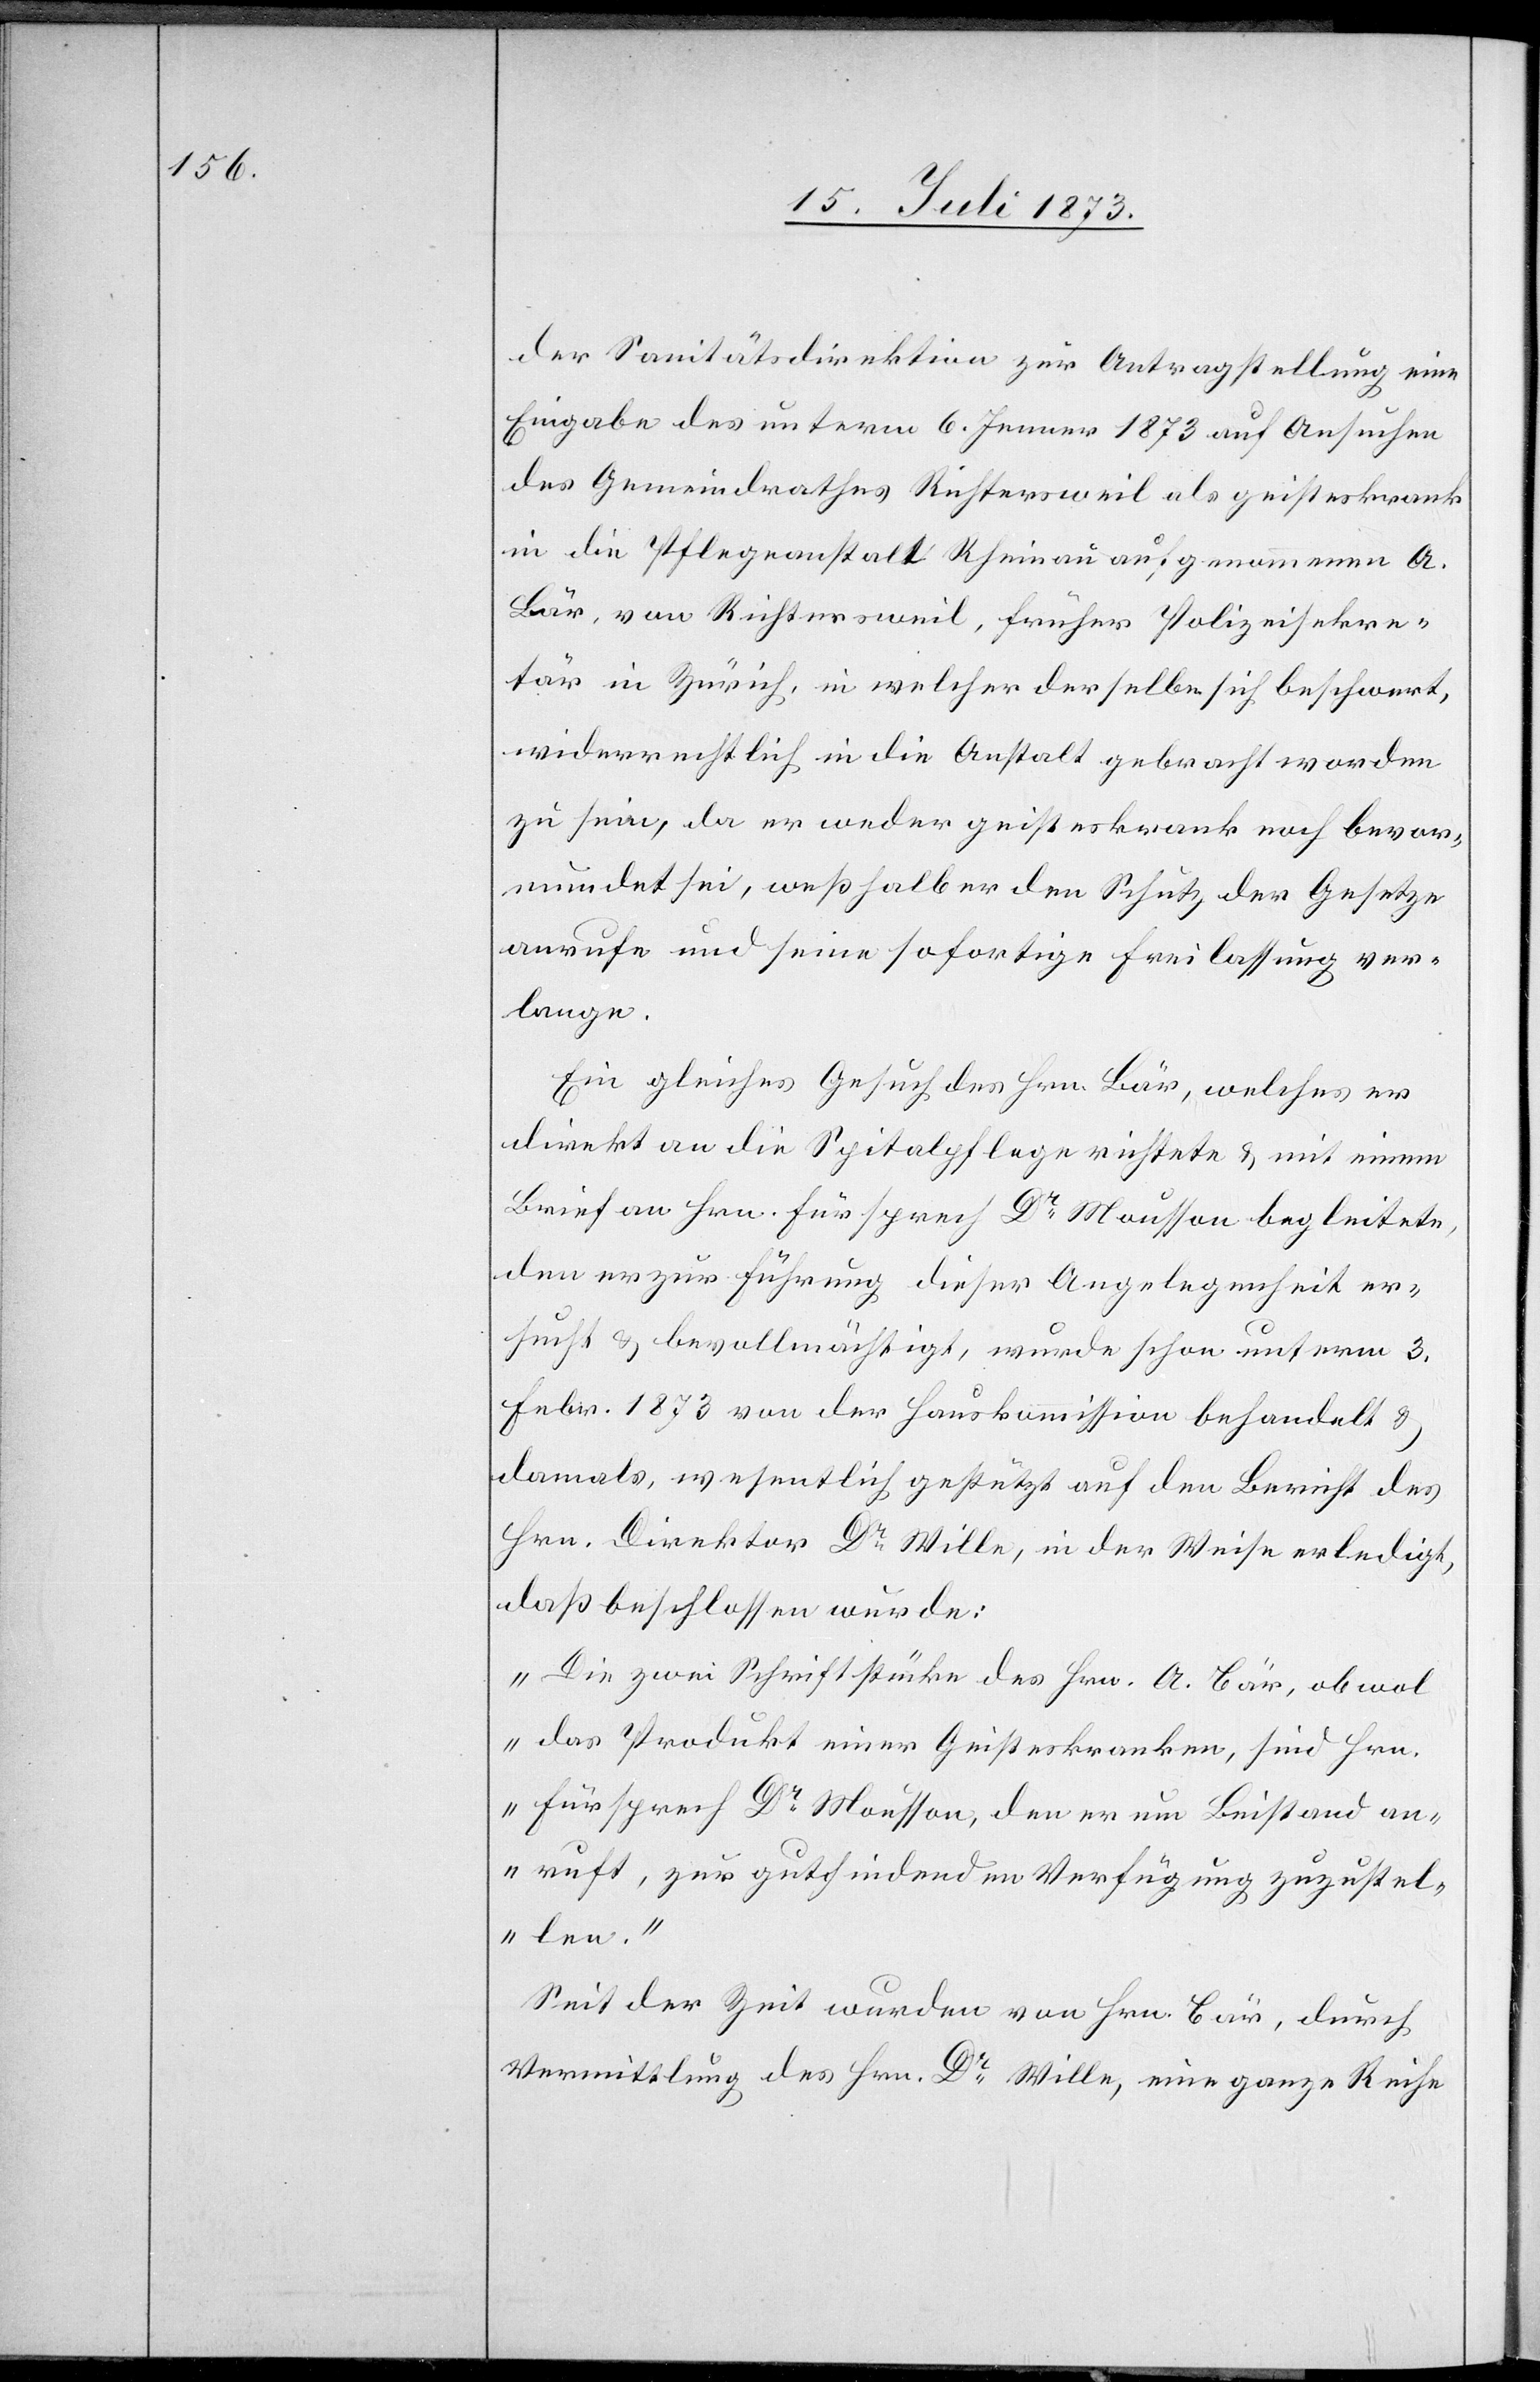
der Sanitätsdirektion zur Antragstellung eine
Eingabe des unterm 6. Jenner 1873 auf Ansuchen
des Gemeindrathes Richtersweil als geisteskrank
in die Pflegeanstalt Rheinau aufgenommenen A.
Bär, von Richtersweil, früher Polizeisekre¬
tär in Zürich, in welcher derselbe sich beschwert,
widerrechtlich in die Anstalt gebracht worden
zu sein, da er weder geisteskrank noch bevor¬
mundet sei, weßhalb er den Schutz der Gesetze
anrufe und seine sofortige Freilassung ver¬
lange.
Ein gleiches Gesuch des Hrn. Bär, welches er
direkt an die Spitalpflege richtete & mit einem
Brief an Hrn. Fürsprech Dr Mousson begleitete,
den er zur Führung dieser Angelegenheit er¬
sucht & bevollmächtigt, wurde schon unterm 3.
Febr. 1873 von der Hauskommission behandelt &
damals, wesentlich gestützt auf den Bericht des
Hrn. Direktor Dr Wille, in der Weise erledigt,
daß beschlossen wurde:
„Die zwei Schriftstücke des Hrn. A. Bär, obwol
das Produkt einer [sic!] Geisteskranken, sind Hrn.
Fürsprech Dr Mousson, den er um Beistand an¬
ruft, zur gutfindenden Verfügung zuzustel¬
len.“
Seit der Zeit wurden von Hrn. Bär, durch
Vermittlung des Hrn. Dr Wille, eine ganze Reihe